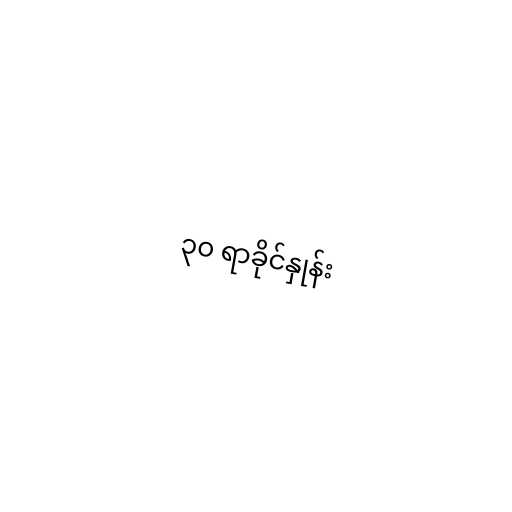
၃၀ ရာခိုင်နှုန်း